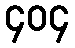
၄၀၄